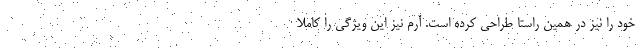
خود را نیز در همین راستا طراحی کرده است. آرم نیز این ویژگی را کاملاً